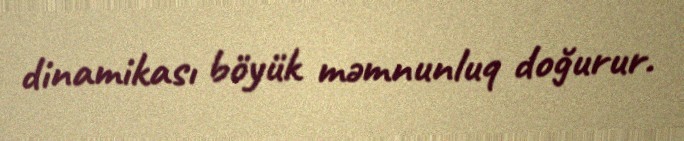
dinamikası böyük məmnunluq doğurur.